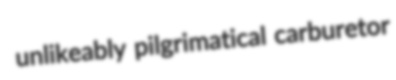
unlikeably pilgrimatical carburetor